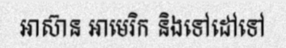
អាស៊ាន អាមេរិក និងទៅដៅទៅ